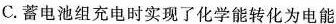
C.蓄电池组充电时实现了化学能转化为电能